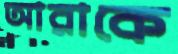
আরাকে